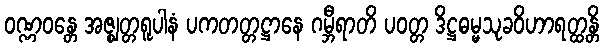
ဝဏ္ဏဝန္တေ အဇ္ဈတ္တရူပါနံ ပကတတ္တဋ္ဌာနေ ဂမ္ဘီရာတိ ပဝတ္တ ဒိဋ္ဌဓမ္မသုခဝိဟာရတ္ထန္တိ